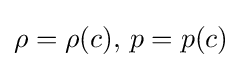
\rho =\rho (c),\,p=p(c)